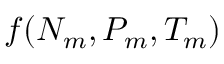
f ( N _ { m } , P _ { m } , T _ { m } )